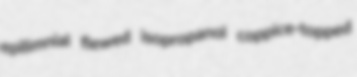
epilimnial flewed isopropanol coppice-topped